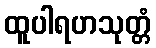
ထူပါရဟသုတ္တံ